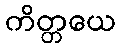
ကိတ္တယေ